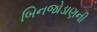
બિનજોડાણની